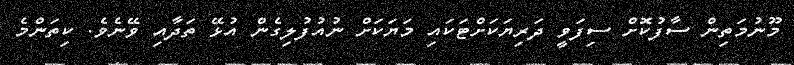
މޫނުމަތިން ސާފުކޮށް ސިފަވީ ދަރިޔަކަށްޓަކައި މަޔަކަށް ނުއުފުލިގެން އުޅޭ ތަދާއި ވޭނެވެ. ކިތަންމެ